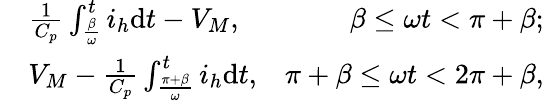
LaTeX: \begin{array}{rlr}&{\frac{1}{C_{p}}\int_{\frac{\beta}{\omega}}^{t}i_{h}\mathrm{d}t-{V_{M}},}&{\beta\le\omega t<\pi+\beta;}\\ &{{V_{M}}-\frac{1}{C_{p}}\int_{\frac{\pi+\beta}{\omega}}^{t}i_{h}\mathrm{d}t,}&{\pi+\beta\le\omega t<2\pi+\beta,}\end{array}